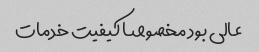
عالی بود مخصوصا کیفیت خدمات